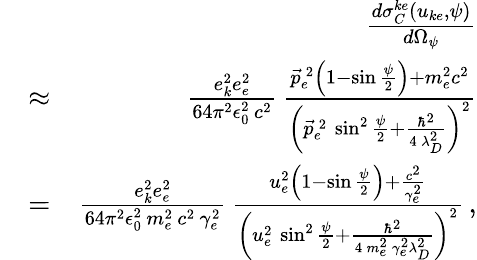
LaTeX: \begin{array}{rlr}&{}&{\frac{d\sigma_{C}^{ke}\left(u_{ke},\psi\right)}{d\Omega_{\psi}}}\\ &{\approx}&{\frac{e_{k}^{2}e_{e}^{2}}{64\pi^{2}\epsilon_{0}^{2}\, c^{2}}\, \frac{\vec{p}_{e}^{\, 2}\left(1-\sin\frac{\psi}{2}\right)+m_{e}^{2}c^{2}}{\left(\vec{p}_{e}^{\, 2}\, \sin^{2}\frac{\psi}{2}+\frac{\hbar^{2}}{4\, \lambda_{D}^{2}}\right)^{2}}}\\ &{=}&{\frac{e_{k}^{2}e_{e}^{2}}{64\pi^{2}\epsilon_{0}^{2}\, m_{e}^{2}\, c^{2}\, \gamma_{e}^{2}}\, \frac{u_{e}^{2}\left(1-\sin\frac{\psi}{2}\right)+\frac{c^{2}}{\gamma_{e}^{2}}}{\left(u_{e}^{2}\, \sin^{2}\frac{\psi}{2}+\frac{\hbar^{2}}{4\, m_{e}^{2}\, \gamma_{e}^{2}\lambda_{D}^{2}}\right)^{2}}\, ,}\end{array}